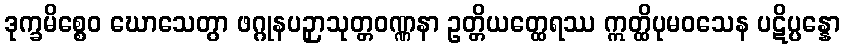
ဒုက္ခမိစ္စေဝ ဃောသေတွာ ဖဂ္ဂုနပဉှာသုတ္တဝဏ္ဏနာ ဥတ္တိယတ္ထေရဿ ဣတ္ထိပုမဝသေန ပဋိပ္ပန္နော